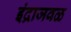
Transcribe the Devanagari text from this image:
इंद्राजवळ